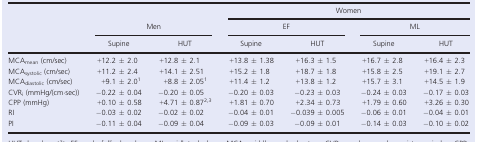
| <ROWSPAN=3>  | <ROWSPAN=2-COLSPAN=2> Men | <COLSPAN=4> Women |
 | <COLSPAN=2> EF | <COLSPAN=2> ML |
 | Supine | HUT | Supine | HUT | Supine | HUT |
 | --- | --- | --- | --- | --- | --- | --- |
 | MCAmean (cm/sec) | +12.2 ± 2.0 | +12.8 ± 2.1 | +13.8 ± 1.38 | +16.3 ± 1.5 | +16.7 ± 2.8 | +16.4 ± 2.3 |
 | MCAsystolic (cm/sec) | +11.2 ± 2.4 | +14.1 ± 2.51 | +15.2 ± 1.8 | +18.7 ± 1.8 | +15.8 ± 2.5 | +19.1 ± 2.7 |
 | MCAdiastolic (cm/sec) | +9.1 ± 2.0a | +8.8 ± 2.05a | +11.4 ± 1.2 | +13.8 ± 1.2 | +15.7 ± 3.1 | +14.5 ± 1.9 |
 | CVRi (mmHg/(cm·sec)) | −0.22 ± 0.04 | −0.20 ± 0.05 | −0.20 ± 0.03 | −0.23 ± 0.03 | −0.24 ± 0.03 | −0.17 ± 0.03 |
 | CPP (mmHg) | +0.10 ± 0.58 | +4.71 ± 0.87b,c | +1.81 ± 0.70 | +2.34 ± 0.73 | +1.79 ± 0.60 | +3.26 ± 0.30 |
 | RI | −0.03 ± 0.02 | −0.02 ± 0.02 | −0.04 ± 0.01 | −0.039 ± 0.005 | −0.06 ± 0.01 | −0.04 ± 0.01 |
 | PI | −0.11 ± 0.04 | −0.09 ± 0.04 | −0.09 ± 0.03 | −0.09 ± 0.01 | −0.14 ± 0.03 | −0.10 ± 0.02 |